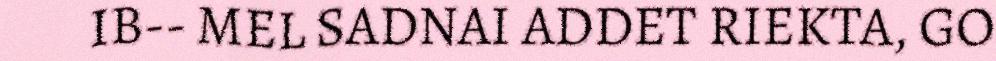
IB-- MEL SADNAI ADDET RIEKTA, GO